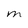
Character: m